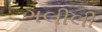
ગલીલી